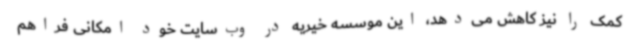
کمک را نیز کاهش می‌دهد، این موسسه خیریه در وب‌سایت خود امکانی فراهم